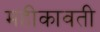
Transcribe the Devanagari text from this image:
महीकावती